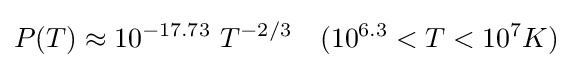
P(T)\approx 10^{-17.73}~T^{-2/3}~~~(10^{6.3}<T<10^{7}K)